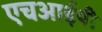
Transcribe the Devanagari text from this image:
एचआईपी